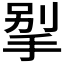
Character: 𰓲